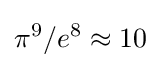
\pi ^{9}/e^{8}\approx 10